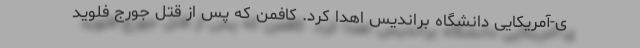
ی-آمریکایی دانشگاه براندیس اهدا کرد. کافمن که پس از قتل جورج فلوید